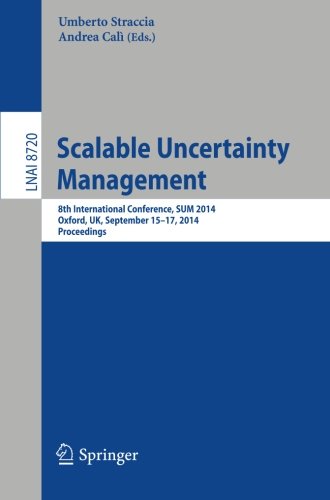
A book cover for Scalable Uncertainty Management: 8th International Conference, SUM 2014, Oxford, UK, September 15-17, 2014, Proceedings (Lecture Notes in Computer Science / Lecture Notes in Artificial Intelligence); Computers & Technology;